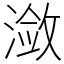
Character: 潋